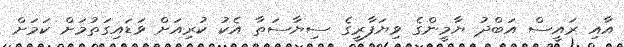
އާއި ރައީސް އަބްދު ޔާމީންގެ ވިޔަފާރީގެ ސިޔާސަތާ އެކު ކުރިއަށް ވަޑައިގަތުމަށް ކަމަށް